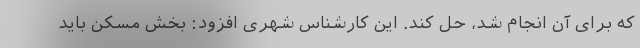
که برای آن انجام شد، حل کند. این کارشناس شهری افزود: بخش مسکن باید